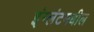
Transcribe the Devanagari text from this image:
इंग्लंटमधील